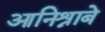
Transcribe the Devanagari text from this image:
आनिश्नाबे